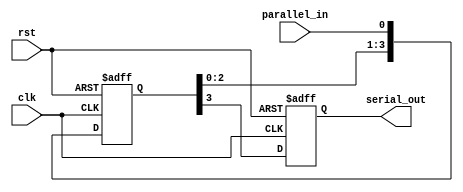
module piso_shift_register (
    input wire clk,
    input wire rst,
    input wire parallel_in,
    output wire serial_out
);

reg [3:0] data;
reg out_bit;

always @(posedge clk or posedge rst) begin
    if (rst) begin
        data <= 4'b0000;
        out_bit <= 1'b0;
    end else begin
        data <= {data[2:0], parallel_in};
        out_bit <= data[3];
    end
end

assign serial_out = out_bit;

endmodule